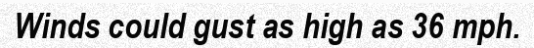
Winds could gust as high as 36 mph.